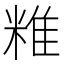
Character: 䊒